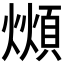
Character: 𪹺